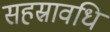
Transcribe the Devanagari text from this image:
सहस्रावधि